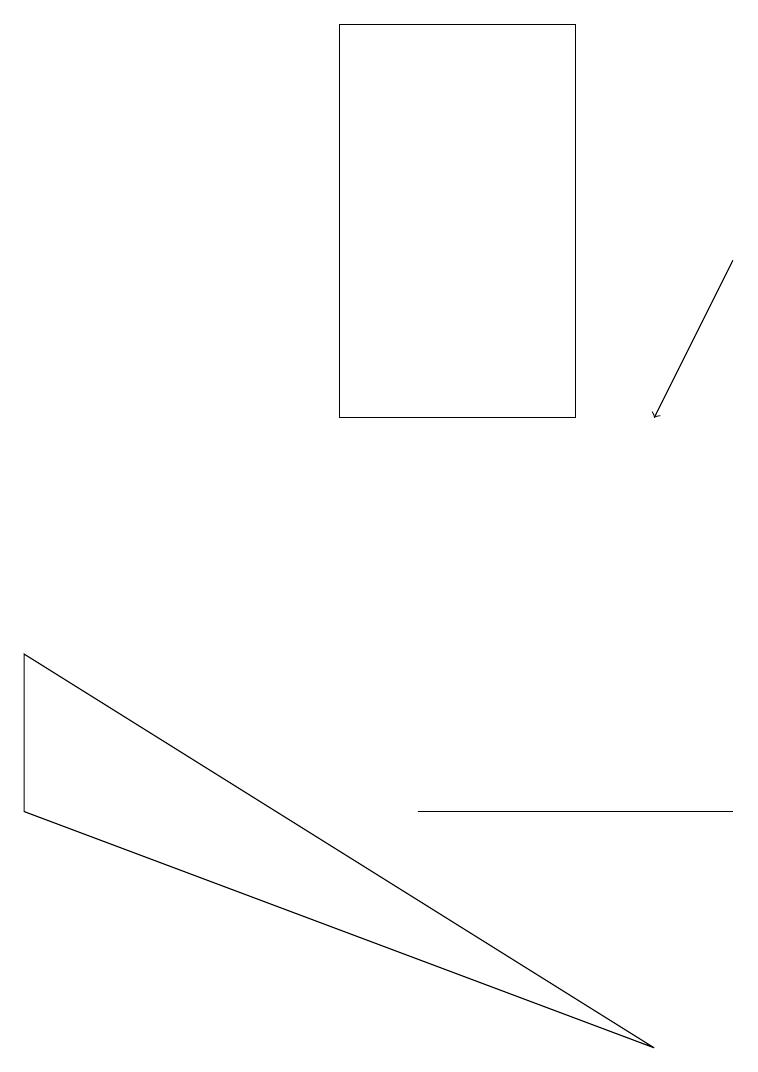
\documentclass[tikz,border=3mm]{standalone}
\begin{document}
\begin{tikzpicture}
\draw[->] (9,14) -- (8,12);
\draw (7,7) -- (5,7) -- (9,7) -- cycle;
\draw (7,12) rectangle (4,17);
\draw (8,4) -- (0,9) -- (0,7) -- cycle;
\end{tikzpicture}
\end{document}